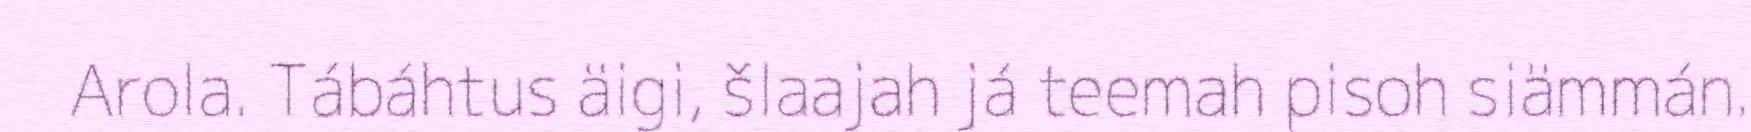
Arola. Tábáhtus äigi, šlaajah já teemah pisoh siämmán.